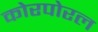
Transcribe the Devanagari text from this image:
कोरपोरल